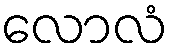
လောလံ